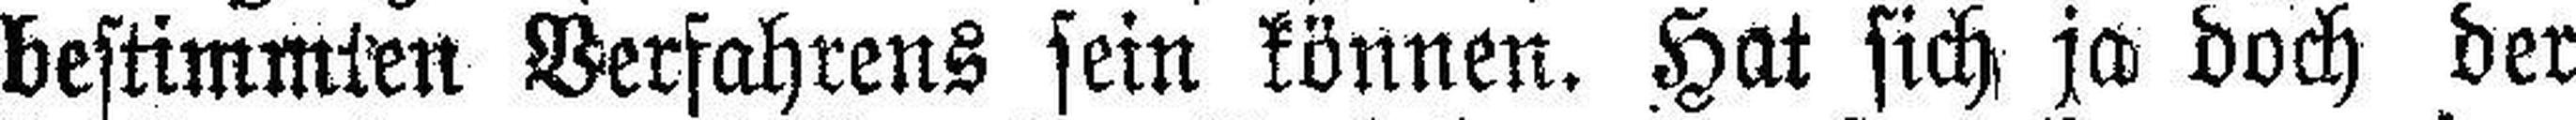
bestimmten Verfahrens sein können. Hat sich ja doch der